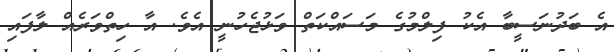
އެ ބަދުނަސީބާ އެކު ފިލްމުގެ މަސައްކަތް ވަޅުޖެހުނީ އެވެ. އާ ހިތްވަރެއް ލާފައި